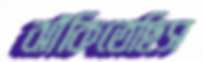
ঝাঁকিতেছিস